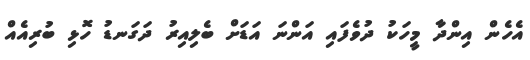
އެހެން އިންދާ މީހަކު ދުވެފައި އަންނަ އަޑަށް ބެލިއިރު ދަގަނޑު ހޮޅި ބުރިއެއް